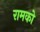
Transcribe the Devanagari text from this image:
रामको